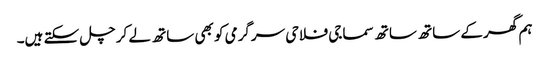
ہم گھر کے ساتھ ساتھ سماجی فلاحی سرگرمی کو بھی ساتھ لے کر چل سکتے ہیں۔